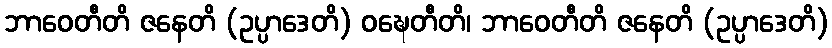
ဘာဝေတီတိ ဇနေတိ (ဥပ္ပာဒေတိ) ဝဍ္ဎေတီတိ၊ ဘာဝေတီတိ ဇနေတိ (ဥပ္ပာဒေတိ)